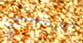
يرعبني